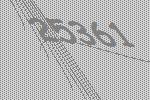
25361